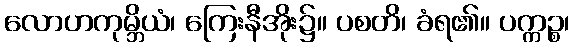
လောဟကုမ္ဘိယံ၊ ကြေးနီအိုး၌။ ပစတိ၊ ခံရ၏။ ပက္ကဉ္စ၊